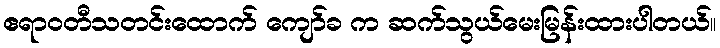
ဧရာဝတီသတင်းထောက် ကျော်ခ က ဆက်သွယ်မေးမြန်းထားပါတယ်။